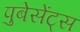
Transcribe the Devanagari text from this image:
पुबेसेंट्स